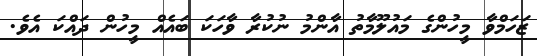
ޒަހަމްވާ މީހުންގެ މައުލޫމާތު އާންމު ނުކުރާ ވާހަކަ ބައެއް މީހުން ދައްކަ އެވެ.